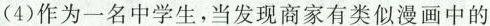
(4)作为一名中学生，当发现商家有类似漫画中的